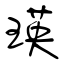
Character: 瑛